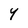
Character: Y